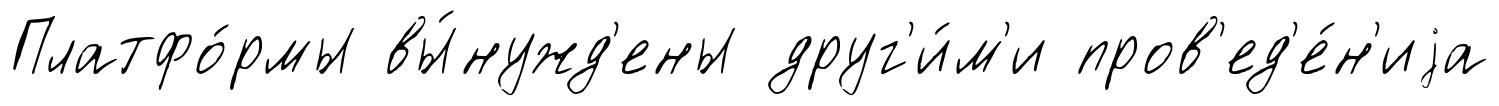
Платфо́рмы вы́нужд'ены друг'и́м'и пров'ед'е́н'иjа